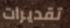
تقديرات